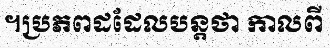
។ប្រភពដដែលបន្តថា កាលពី